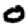
Digit: 0